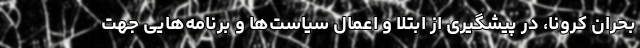
بحران کرونا، در پیشگیری از ابتلا و اعمال سیاست‌ها و برنامه‌هایی جهت